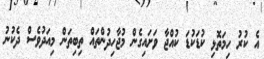
އެ ކުރު ހިމަތޮޅި ކުޑަކުޑަ ކުއްޖާ ވަށައިގެން މުޖާހިދުންތައް ތިބިތަން މިއަދުވެސް ދެކުނު